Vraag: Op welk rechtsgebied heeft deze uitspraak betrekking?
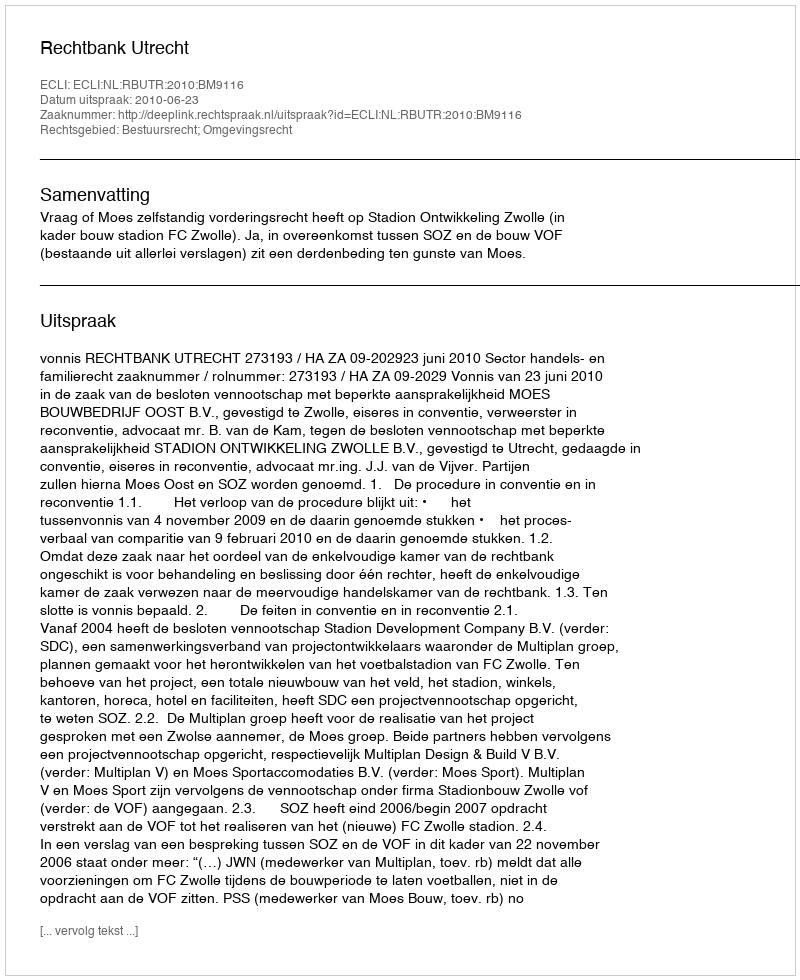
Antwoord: Bestuursrecht; Omgevingsrecht